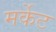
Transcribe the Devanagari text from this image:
मर्केट